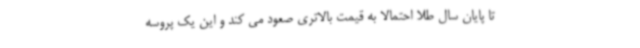
تا پایان سال طلا احتمالا به قیمت بالاتری صعود می کند و این یک پروسه